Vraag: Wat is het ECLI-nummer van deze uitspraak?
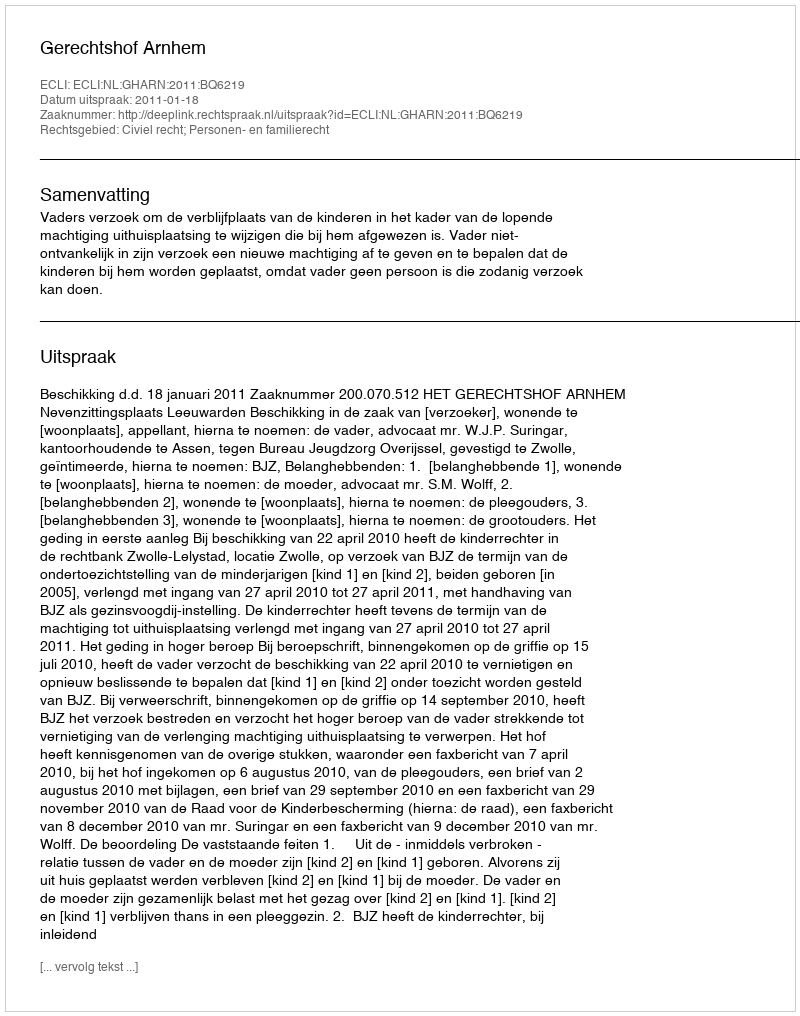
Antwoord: ECLI:NL:GHARN:2011:BQ6219